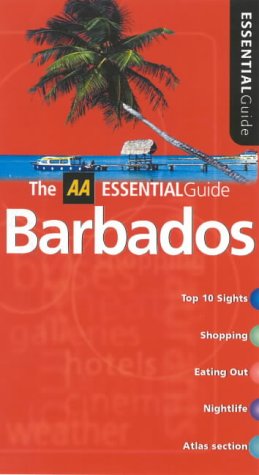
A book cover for Essential Barbados (AA Essential); Lee Karen Stow; Travel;